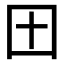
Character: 𫭂